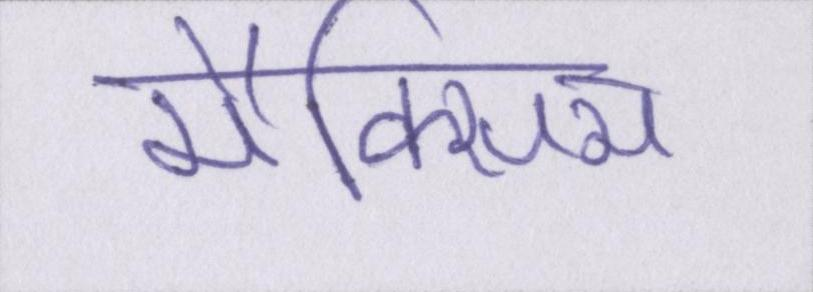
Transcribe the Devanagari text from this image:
मैक्सिम